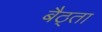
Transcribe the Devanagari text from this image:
बैठ्ता